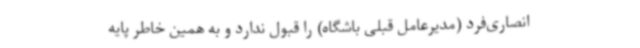
انصاری‌فرد (مدیرعامل قبلی باشگاه) را قبول ندارد و به همین خاطر پایه